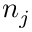
n _ { j }